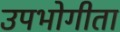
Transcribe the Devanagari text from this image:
उपभोगीता